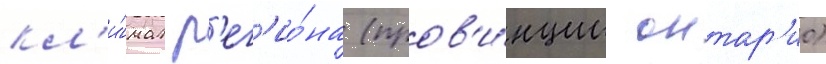
кл'и́мат р'ег'ио́на (пров'и́нции онтар'ио)